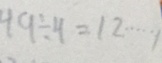
4 9 \div 4 = 1 2 \cdots 1